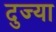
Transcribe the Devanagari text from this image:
दुज्या